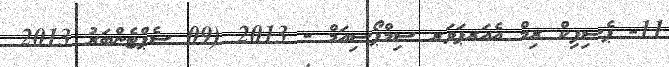
11- ޕެސިފިކް ރިމް އެއަރޕަވަރ ސިމްޕޯސިއަމް - 2013 (09 ސެޕްޓެންބަރު 2013